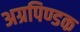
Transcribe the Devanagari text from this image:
अग्रपिण्डक